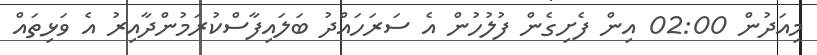
މިއަދުން 02:00 އިން ފެށިގެން ފުލުހުން އެ ސަރަހައްދު ބަލައިފާސްކުރަމުންދާއިރު އެ ވަޅިތައް